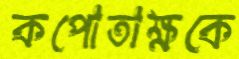
কপোতাক্ষকে